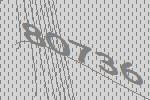
80736